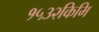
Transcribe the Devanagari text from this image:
१५३२किमि